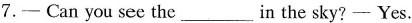
7.-Can you see the___in the sky?-Yes.